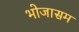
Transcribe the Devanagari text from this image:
भोजासम